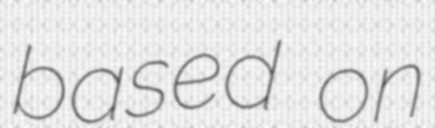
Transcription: based on